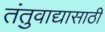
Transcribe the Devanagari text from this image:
तंतुवाद्यासाठी